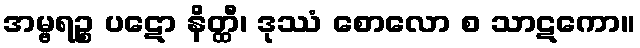
အမ္ဗရဉ္စ ပဋော နိတ္ထီ၊ ဒုဿံ စောလော စ သာဋကော။